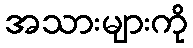
အသားများကို